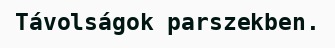
Távolságok parszekben.